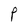
Character: P